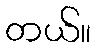
တယ်။